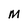
Character: M